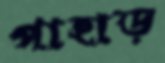
পাহাড়